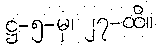
ဋ္ဌ-၅-မှ၊ ၂၇-ထိ။